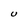
Character: U